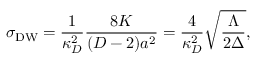
\sigma _ { \mathrm { D W } } = { \frac { 1 } { \kappa _ { D } ^ { 2 } } } { \frac { 8 K } { ( D - 2 ) a ^ { 2 } } } = { \frac { 4 } { \kappa _ { D } ^ { 2 } } } \sqrt { \frac { \Lambda } { 2 \Delta } } ,